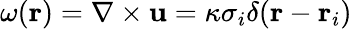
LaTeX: \omega(\mathbf{r})=\nabla\times\mathbf{u}=\kappa\sigma_{i}\delta(\mathbf{r}-\mathbf{r}_{i})